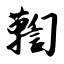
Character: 鞫